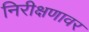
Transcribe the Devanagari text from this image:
निरीक्षणावर